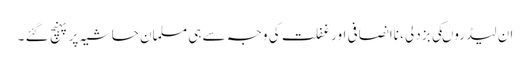
ان لیڈروںکی بزدلی ، ناانصافی اور غفلت کی وجہ سے ہی مسلمان حاشیہ پر پہنچ گئے ۔